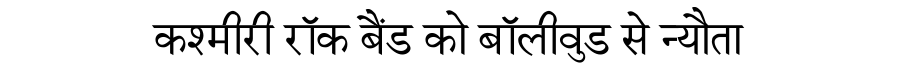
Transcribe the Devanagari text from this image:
कश्मीरी रॉक बैंड को बॉलीवुड से न्यौता